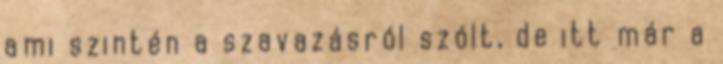
ami szintén a szavazásról szólt, de itt már a